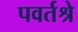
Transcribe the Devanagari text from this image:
पवर्तश्रे